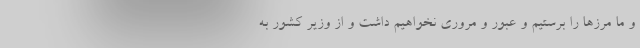
و ما مرزها را برستیم و عبور و مروری نخواهیم داشت و از وزیر کشور به